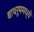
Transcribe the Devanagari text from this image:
बाथरूममध्ये